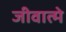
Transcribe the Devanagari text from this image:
जीवात्मे